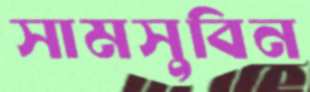
সামসুবিন